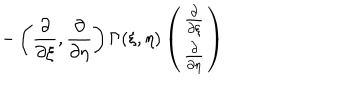
- \left( \frac { \partial } { \partial \xi } , \frac { \partial } { \partial \eta } \right) \Gamma ( \xi , \eta ) \left( \begin{array} { c } { { \frac { \partial } { \partial \xi } } } \\ { { \frac { \partial } { \partial \eta } } } \\ \end{array} \right)